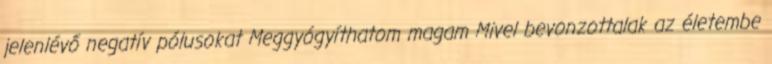
jelenlévő negatív pólusokat Meggyógyíthatom magam Mivel bevonzottalak az életembe